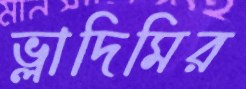
ভ্লাদিমির